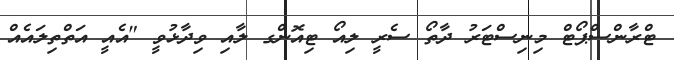
ޓްރާންސްޕޯޓް މިނިސްޓަރު ދާތޯ ސެރީ ލިއޯ ޓިއޮންގ ލާއި ވިދާޅުވީ "އެއީ އަތްތިލައެއް